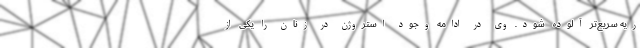
ریه سریع‌تر آلوده شود. وی در ادامه وجود استروژن در زنان را یکی از